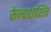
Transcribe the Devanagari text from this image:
केन्द्रशाशित